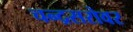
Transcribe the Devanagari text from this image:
चन्द्रसरोवर